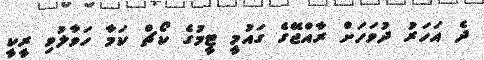
ދެ އަހަރު ދުވަހަށް ރާއްޖޭގެ ގައުމީ ޓީމުގެ ކޯޗް ކަމާ ހަވާލުވި ރީކީ